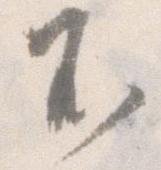
不